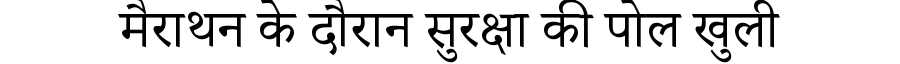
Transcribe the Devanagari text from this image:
मैराथन के दौरान सुरक्षा की पोल खुली